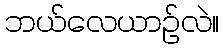
ဘယ်လေယာဉ်လဲ။